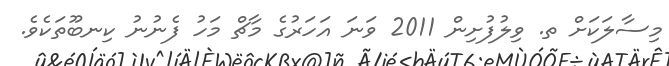
މިސާލަކަށް ތ. ވިލުފުށިން 2011 ވަނަ އަހަރުގެ މާޗް މަހު ފެނުނު ކިނބޫތަކެވެ.